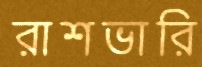
রাশভারি